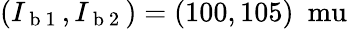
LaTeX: (I_{\mathrm{~b~1~}},I_{\mathrm{~b~2~}})=(100,105)\ \mathrm{\ mu}